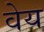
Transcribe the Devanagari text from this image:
वेय